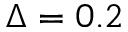
\Delta = 0 . 2